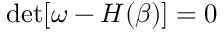
\operatorname* { d e t } [ \omega - H ( \beta ) ] = 0